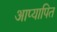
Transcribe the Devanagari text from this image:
आप्यापित